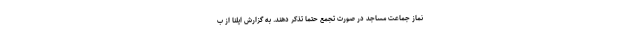
نماز جماعت مساجد در صورت تجمع حتما تذکر دهند. به گزارش ایلنا از ب